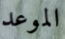
الموعد